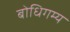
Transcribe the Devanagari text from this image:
बोधिगम्य